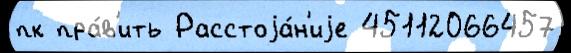
пк пра́в'ить Расстоjа́н'иjе 45112066457